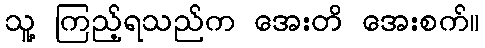
သူ့ ကြည့်ရသည်က အေးတိ အေးစက်။